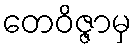
တေဝိဇ္ဇာမှ